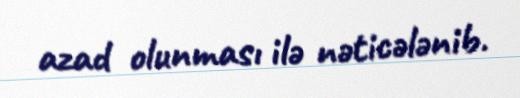
azad olunması ilə nəticələnib.